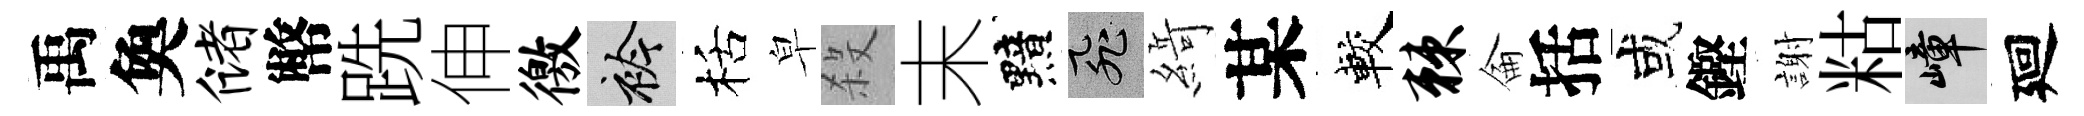
禹奐储幣跣伸徼衿栝皁殺末黯飛𦂶某較棘侖括或鏗謝䊀嶂廻